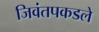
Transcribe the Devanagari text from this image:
जिवंतपकडले